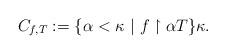
LaTeX: \begin{align*}C_{f,T}:= \{ \alpha < \kappa \ | \ f \restriction \alpha T \} \kappa.\end{align*}